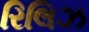
રિલિઝ